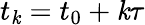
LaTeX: t_{\mathit{k}}=t_{0}+\mathit{k}\tau